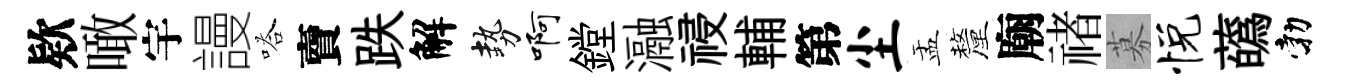
欵噉宇謾嗒𧶠跌解勢啊鏜瀜祲輔第尘盂釐廟禇募悦蘤勃